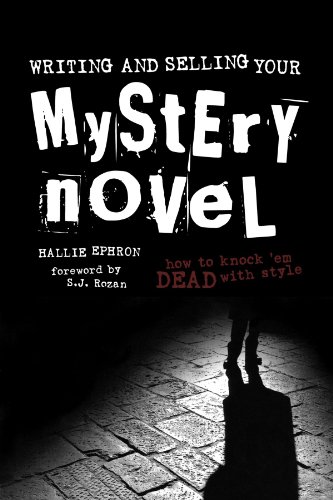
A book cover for Writing and Selling Your Mystery Novel; Hallie Ephron; Mystery, Thriller & Suspense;